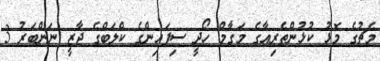
މެޗުގެ މޮޅު ކުޅުންތެރިއާގެ މަގާމް ހޯދީ ސިފައިންގެ ކްލަބްގެ ޖާޒީ ނަންބަރު 3